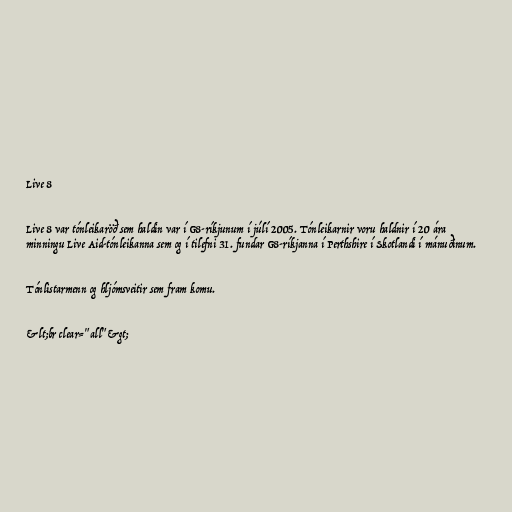
Live 8

Live 8 var tónleikaröð sem haldin var í G8-ríkjunum í júlí 2005. Tónleikarnir voru haldnir í 20 ára
minningu Live Aid-tónleikanna sem og í tilefni 31. fundar G8-ríkjanna í Perthshire í Skotlandi í mánuðinum.

Tónlistarmenn og hljómsveitir sem fram komu.

&lt;br clear="all"&gt;